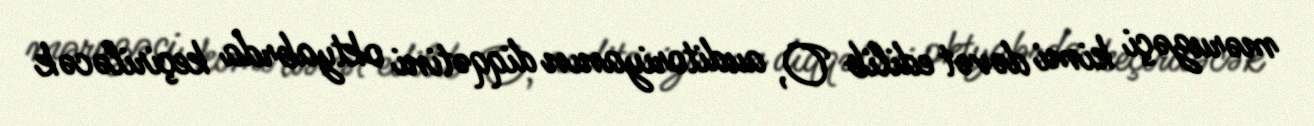
məruzəçi kimi dəvət edilib O, auditoriyanın diqqətini oktyabrda keçiriləcək